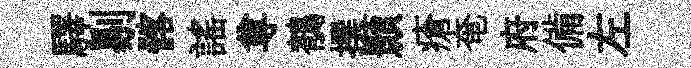
驛剔髂謡尊鶺撰顥瘡奄府備左